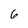
Character: 6